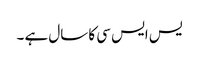
یس ایس سی کا سال ہے ۔